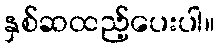
နှစ်ဆထည့်ပေးပါ။